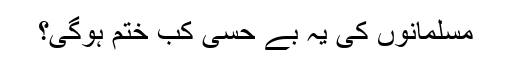
مسلمانوں کی یہ بے حِسی کب ختم ہوگی؟